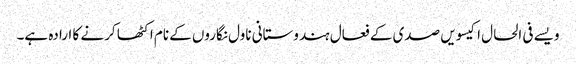
ویسے فی الحال اکیسویں صدی کے فعال ہندوستانی ناول نگاروں کے نام اکٹھا کرنے کا ارادہ ہے۔